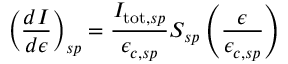
\left( \frac { d I } { d \epsilon } \right) _ { s p } = \frac { I _ { \mathrm { t o t } , s p } } { \epsilon _ { c , s p } } S _ { s p } \left( \frac { \epsilon } { \epsilon _ { c , s p } } \right)